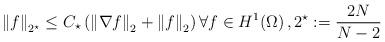
LaTeX: \begin{align*}\left\| f \right\|_{2^\star} \le C_\star \left( \left\| \nabla f \right\|_{2} + \left\| f \right\|_2 \right) \forall f \in H^1(\Omega) \, , 2^\star := \frac{2N}{N-2} \end{align*}